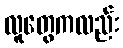
လူတွေကလည်း